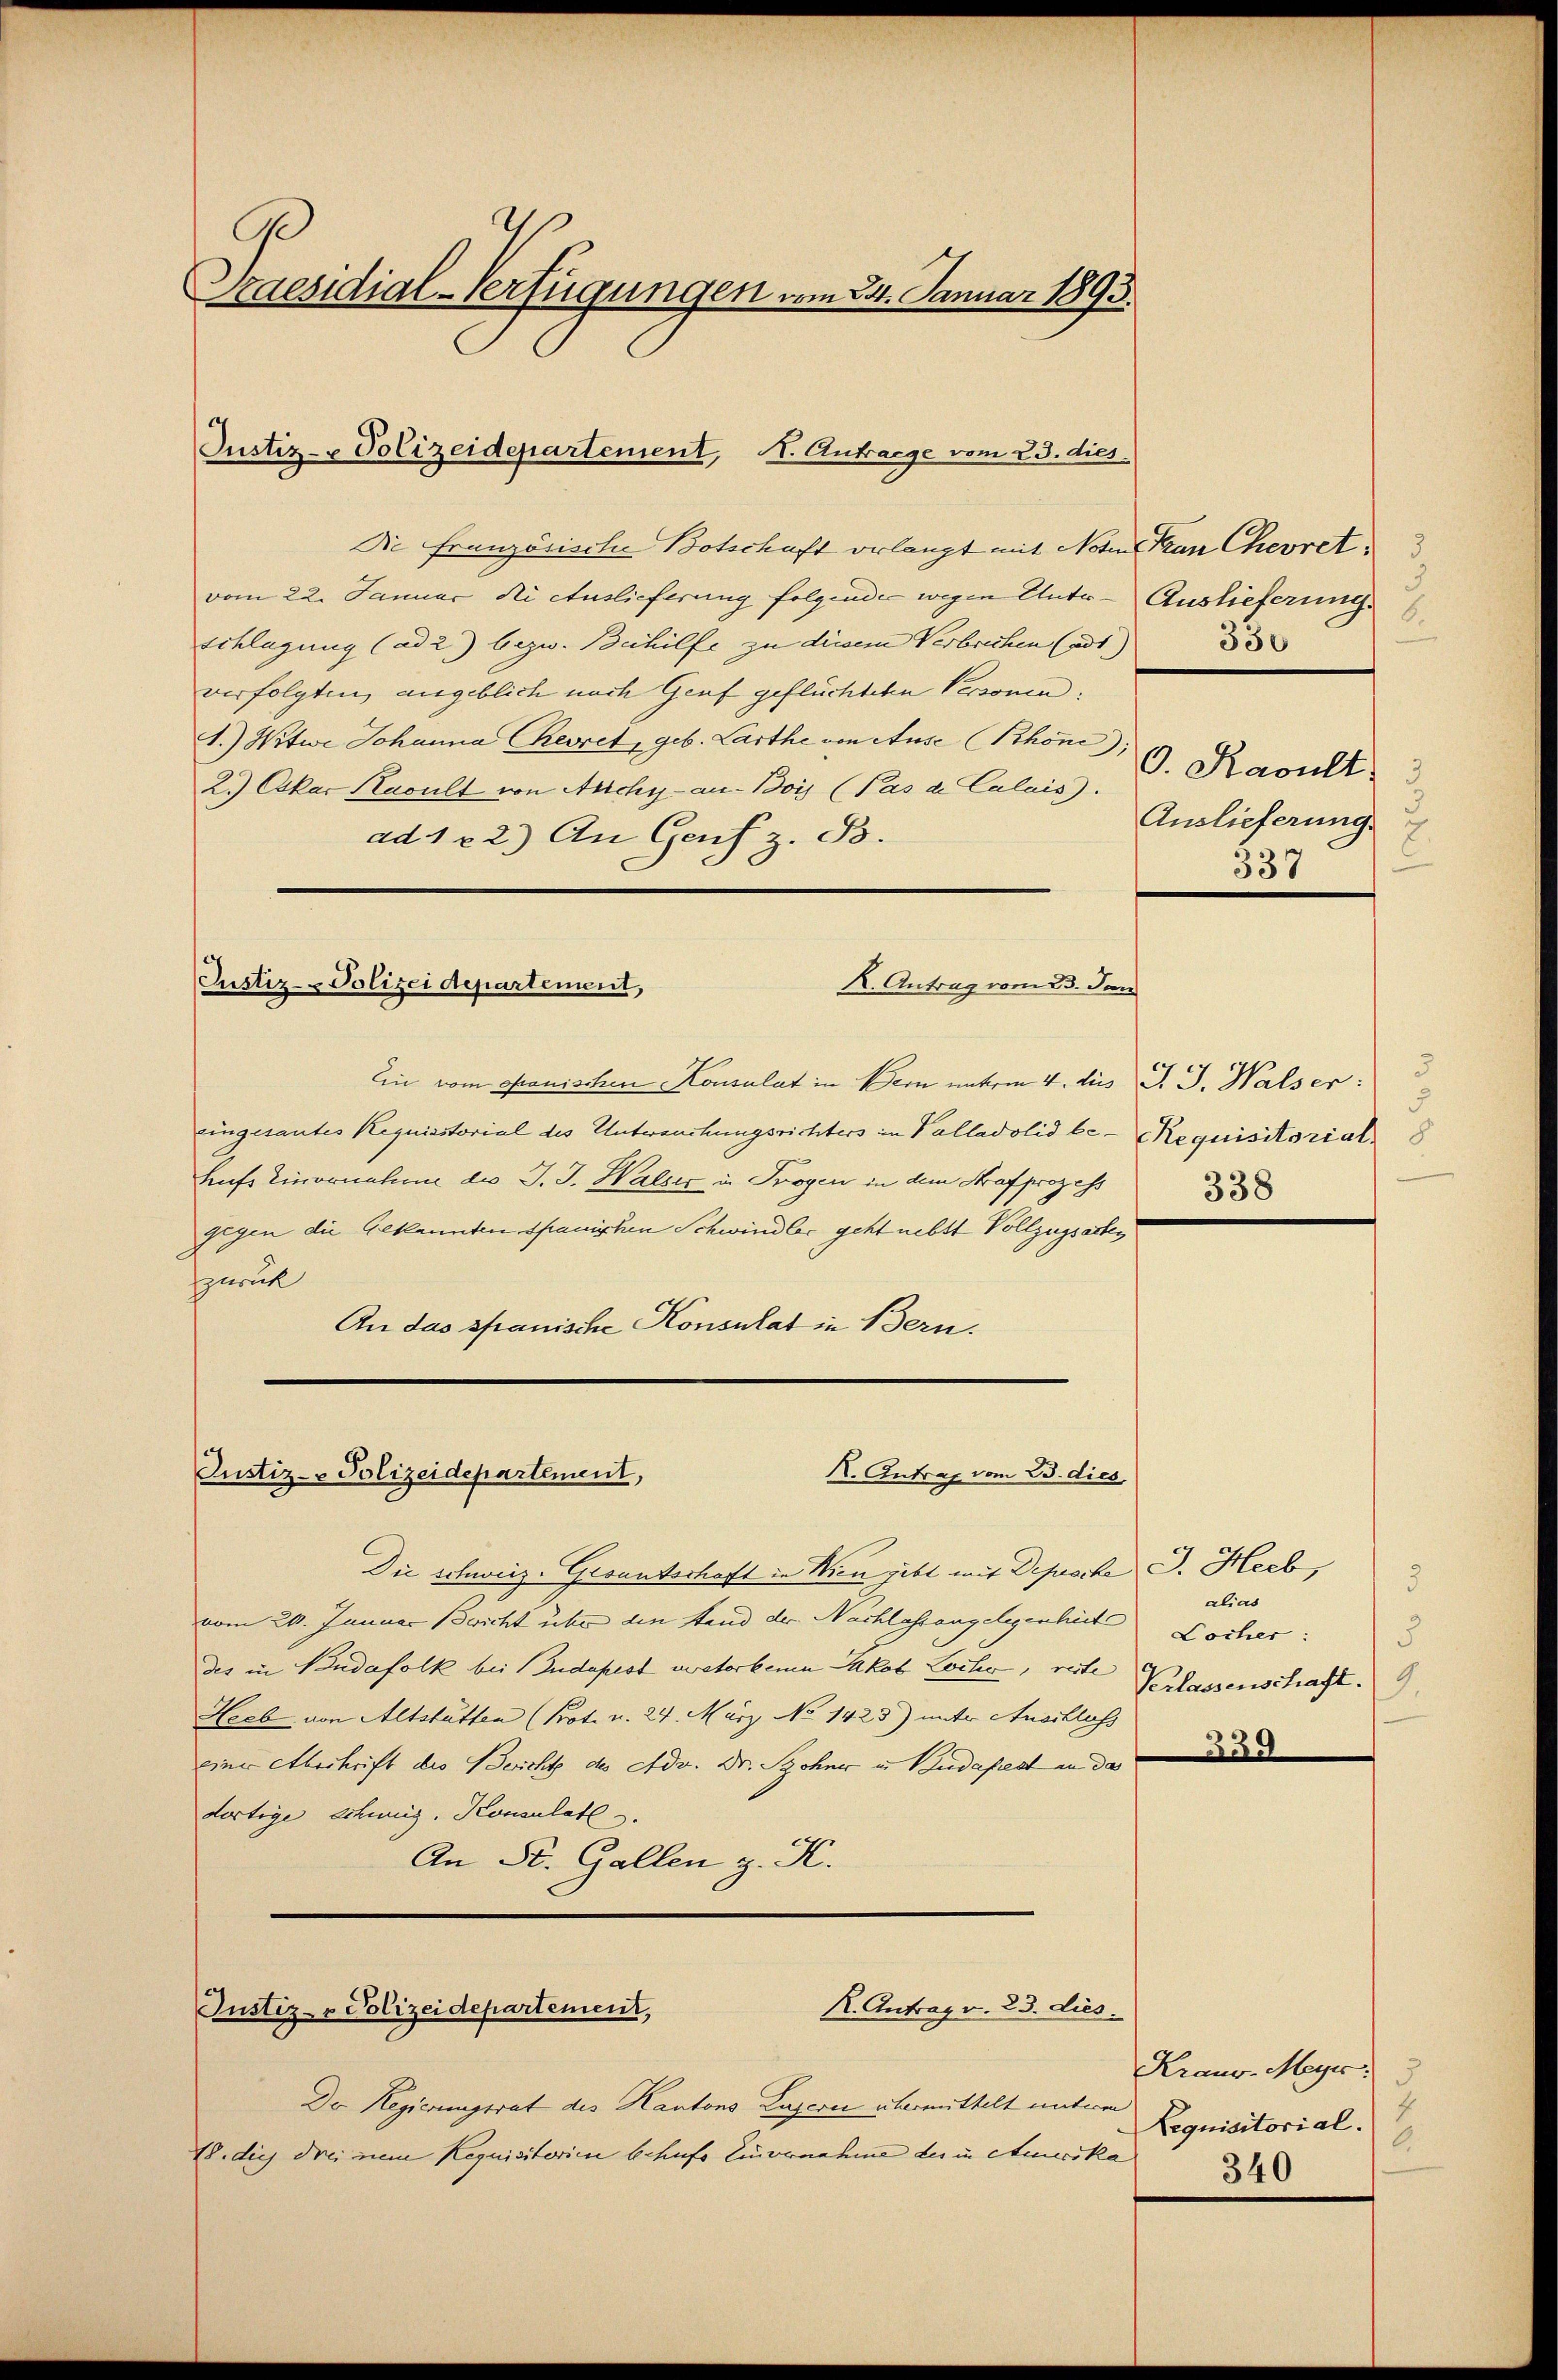
taesidial-Verfügungen vom 24. Januar 1893.

Justiz- Polizeidepartement, N. Antrage vom 23. dies

Die französische Botschaft erlangt mit Note an Cheoret
vom 22. Januar die Auslieferung folgender wegen Unter-Auslieferung.
schlagung (ad 2) bezw. Beihilfe zu diesem Verbrechen (ad 1.)
verfolgten angeblich nach Genf geflüchteten Personen.
1.) Witwe Johanna Theoret, geb. Larthe von Ause (Phön);
2.) Oskar Kacult von Archy-au-Bois (Pas de Calais.
ad. 122.) An Genf z. B.
K. Antrag vom 23. Jun
Justiz- Polizeidepartement,
Ein vom Spanischen Konsulat in Bern unterm 4. dies J. J. Walser:
eingesantes Requistorial des Untersuchungsrichters in Palladolid be- Requisitorial 8
Leufs Zinornahme des J. J. Walser in Trogen in dem Strafprozess
gegen die Gekannten spanischen Schwindler geht nebst Vollzugsarten
sparus
An das spanische Konsulat in Bern.

X. Antrag vom 23. dies
Justiz- Polizeidepartement,

Die schweiz. Gesunterhaft in Wien gibt mit Deproche J. Heeb,
vom 20. Januar Bricht über den Stand der Nachlassengelegenheite
des in Vandafolk bei Budapest verstorbene Jakob Loche, reste
Heeb von Altstatten (Prot. v. 24. März No 1423) unter Anschloss
einer Abschrift des Bericht des Adv. Dr. Sohner in Budapest an da
dortige Schweiz. Konsulat
An St. Gallen z. K.

R. Antrag v. 23. dies
Justiz- & Polizeidepartement,

Der Regierungsrat des Kantons Luzern übermittelt unterm
18. dies drei nun Requisitorien behufs Einvernahme des in Auska

3
6.
330
O. Facult
Auslieferung.
337

5
338

3
alias
Locher:
5
Verlassenschaft. 9.

359

Kraus. Meyr
4
Lequisitorial.
2
340